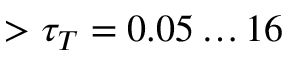
> \tau _ { T } = 0 . 0 5 \dots 1 6